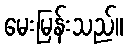
မေးမြန်းသည်။